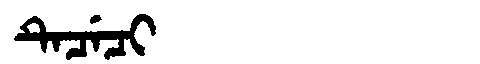
Manchu: ᡨᡝᠴᡝᠴᡳ
Romanization: TECECI